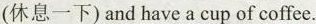
(休息一下)and have a cup of coffee.